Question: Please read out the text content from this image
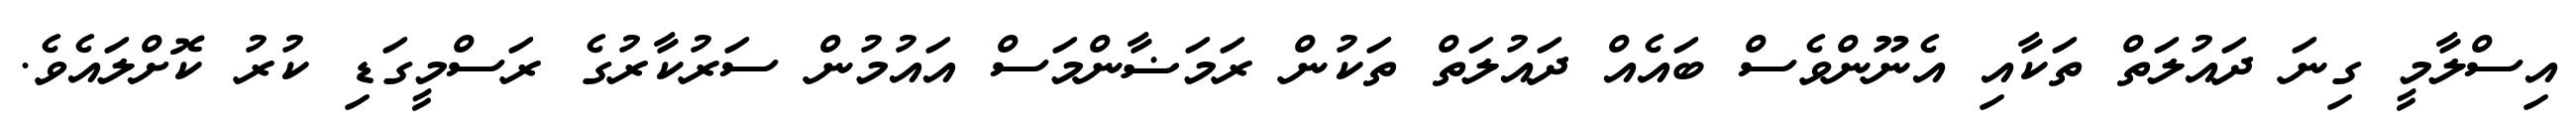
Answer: އިސްލާމީ ގިނަ ދައުލަތް ތަކާއި އެނޫންވެސް ބައެއް ދައުލަތް ތަކުން ރަމަޟާންމަސް އައުމުން ސަރުކާރުގެ ރަސްމީގަޑި ކުރު ކޮށްލައެވެ.